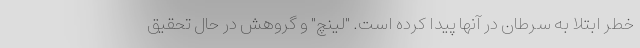
خطر ابتلا به سرطان در آنها پیدا کرده است. "لینچ" و گروهش در حال تحقیق